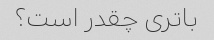
باتری چقدر است؟